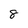
Character: 8